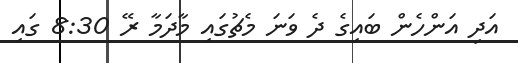
އަދި އަންހެން ބައިގެ ދެ ވަނަ މެޗުގައި މާދަމާ ރޭ 8:30 ގައި